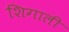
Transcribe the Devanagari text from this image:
शिगाली